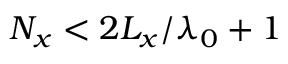
N _ { x } < 2 L _ { x } / \lambda _ { 0 } + 1